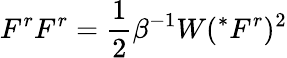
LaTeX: F^{r}F^{r}=\frac{1}{2}\beta^{-1}W(^{*}F^{r})^{2}